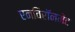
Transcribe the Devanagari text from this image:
एनविरॉनमेंट